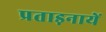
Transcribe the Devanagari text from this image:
प्रताड़नायें